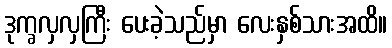
ဒုက္ခလှလှကြီး ပေးခဲ့သည်မှာ လေးနှစ်သားအထိ။